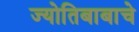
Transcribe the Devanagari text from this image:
ज्योतिबाबाचे